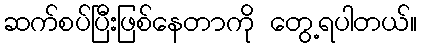
ဆက်စပ်ပြီးဖြစ်နေတာကို တွေ့ရပါတယ်။